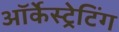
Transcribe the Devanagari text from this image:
ऑर्केस्ट्रेटिंग